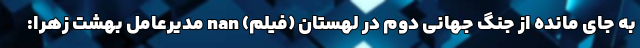
به جای مانده از جنگ جهانی دوم در لهستان (فیلم) nan مدیرعامل بهشت زهرا: